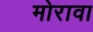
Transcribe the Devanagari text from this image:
मोरावा